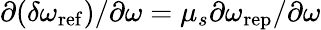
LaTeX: \partial(\delta\omega_{\mathrm{ref}})/\partial\omega=\mu_{s}\partial\omega_{\mathrm{rep}}/\partial\omega